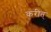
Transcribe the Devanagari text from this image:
करीत्